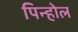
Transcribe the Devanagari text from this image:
पिन्होल